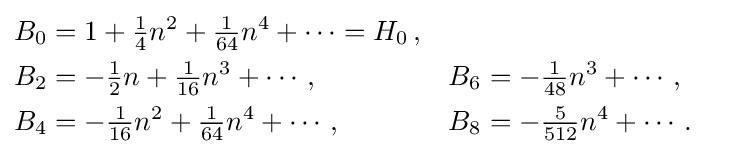
{\begin{aligned}B_{0}&=1+{\tfrac {1}{4}}n^{2}+{\tfrac {1}{64}}n^{4}+\cdots =H_{0}\,,\\B_{2}&=-{\tfrac {1}{2}}n+{\tfrac {1}{16}}n^{3}+\cdots ,&B_{6}&=-{\tfrac {1}{48}}n^{3}+\cdots ,\\B_{4}&=-{\tfrac {1}{16}}n^{2}+{\tfrac {1}{64}}n^{4}+\cdots ,\qquad &B_{8}&=-{\tfrac {5}{512}}n^{4}+\cdots .\end{aligned}}